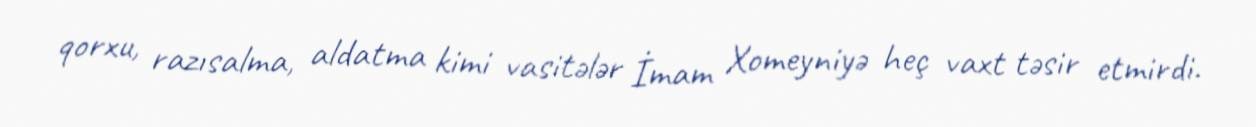
qorxu, razısalma, aldatma kimi vasitələr İmam Xomeyniyə heç vaxt təsir etmirdi.